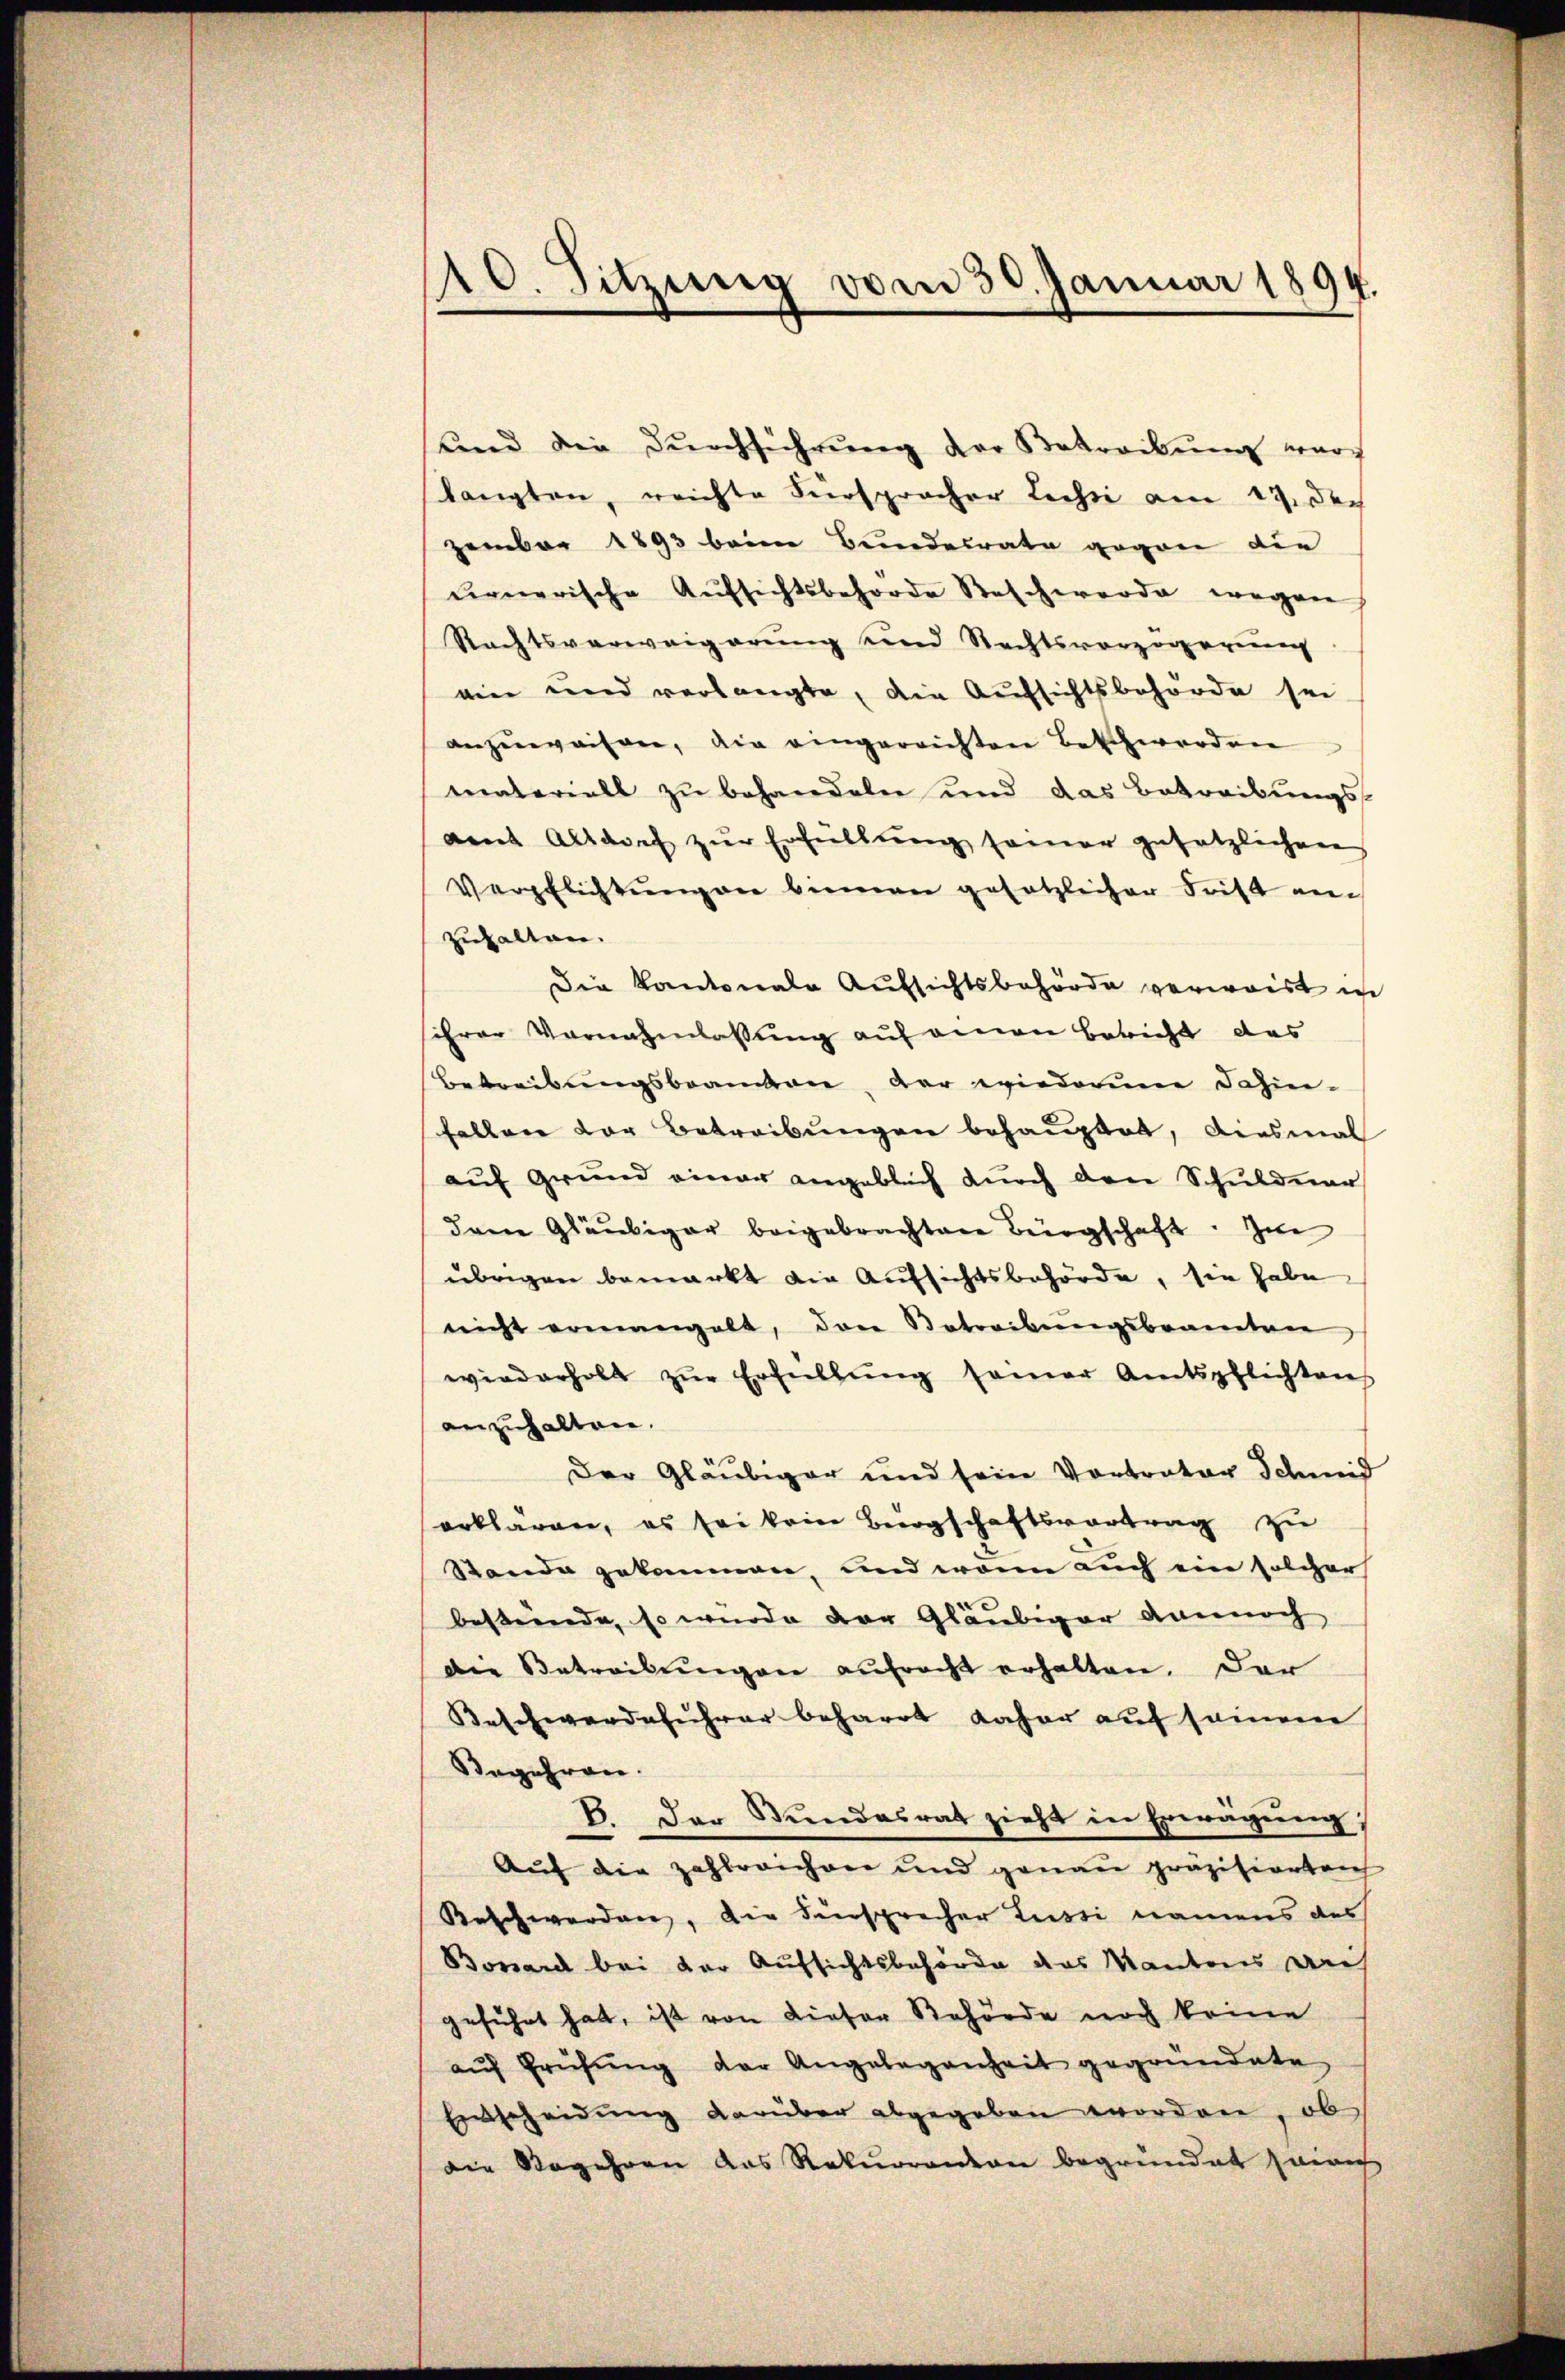
10. Sitzung vom 30. Januar 1894.

und die Dŭrchführŭng der Betreibung wur
langten, reichte Fürspracher Lechti am 19. Dec
zember 1893 beim Bundesrate gegen die
urnerische Aufsichtsbehörde Reschwerde wegen
Rechtsverweigerung und Rechtsvorzugegenen
ein und verlangte, die Aufsichtsbehörde sei
anzuweisen, die eingereichten Beschwerden
materiell zu behandeln und das Betreibungsamt Altdorf zŭr Erfüllŭng seiner gesetzlichen
Verpflichtŭngen binnen gesetzlicher Frist am
zuhalten.
Die Kantonale Aufsichtsbehörde verwaist ich
ihrer Vornahmlassung auf einen Bericht das
Betreibungsbeamten, der wiederum dahin-
fallen der Betreibungen behauptet, diesmal
auf Grund einer angeblich durch den Schuldner
dem Gläubiger beigebrachten Bürgschaft. Im
übrigen bemerkt die Aufsichtsbehörde, sie habe
nicht ermangelt, den Betreibŭngsbeamten
wiederholt zŭr Erfüllŭng seiner Amtspflichtens
anzuhalten.
Der Gläubiger und sein Vortrator Schmid
erklären, es sei kein Bürgschaftsvortrag zu
Stande gekommen, und wenn auch ein solcher
bestände, so wurde der Gläubiger dennoch
die Betreibungen aufracht erhalten. Der
Beschwerdeführer beharrt daher aŭf seinem
Begehren.
V. Der Bundesrat zieht in Erwägung
Auf die zahlreichen und genau präzisierten
Beschwerden, die Fürsprecher Lussi namens des
Bonard bei der Aufsichtsbehörde des Mantens an
geführt hat, ist von Liefer Behörde noch keine
aŭf Prüfŭng der Angelegenheit gegründete
Ennscheidung darüber abgegeben worden, ob
die Begehren das Rekurrenton begründet seine